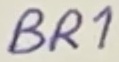
Text: BR1